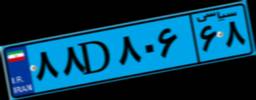
۸۸D۸۰۶۶۸